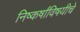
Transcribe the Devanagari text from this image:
निष्कर्षांविषयीचे